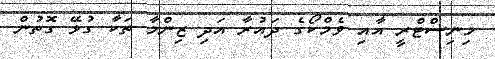
މިނިސްޓްރީ އާއި ވެމްކޯގެ ދައުރާ އަދި ޒިންމާ ތަކާ ގުޅޭ ގޮތުން